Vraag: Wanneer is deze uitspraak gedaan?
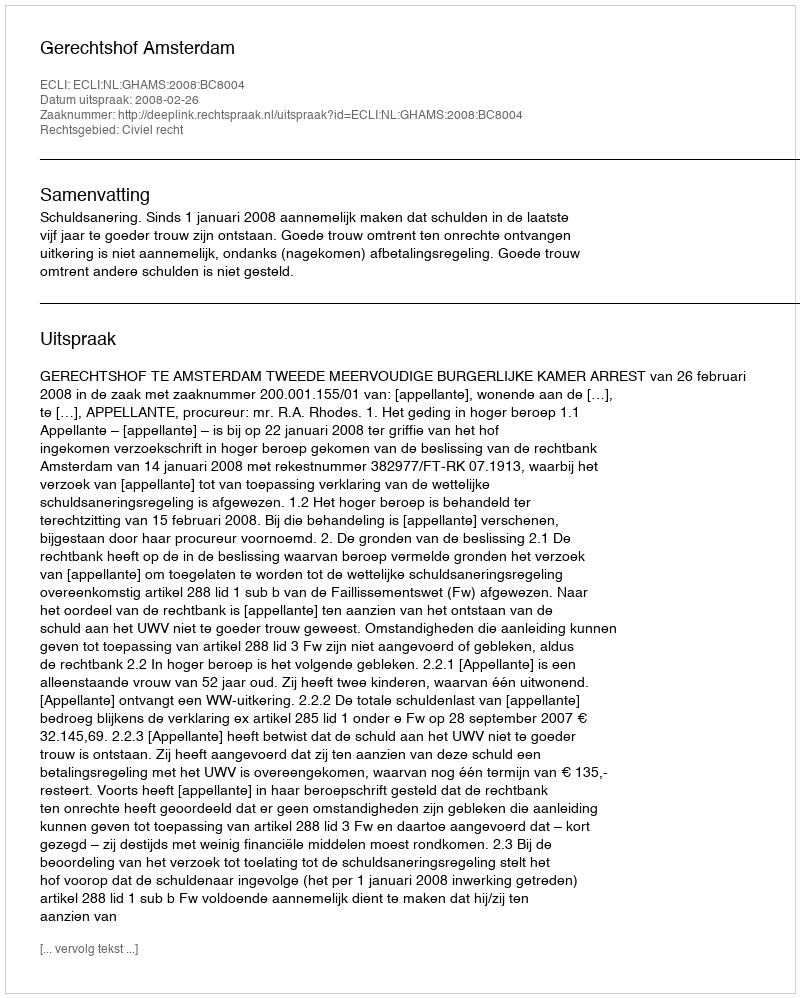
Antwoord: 2008-02-26